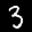
Label: 3